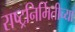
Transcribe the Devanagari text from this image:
राष्ट्रनिर्मितीच्या